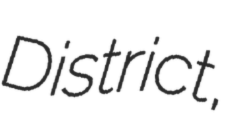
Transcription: District,